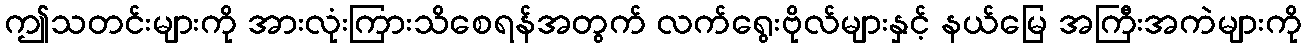
ဤသတင်းများကို အားလုံးကြားသိစေရန်အတွက် လက်ရွေးဗိုလ်များနှင့် နယ်မြေ အကြီးအကဲများကို